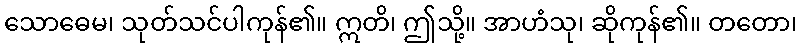
သောဓေမ၊ သုတ်သင်ပါကုန်၏။ ဣတိ၊ ဤသို့။ အာဟံသု၊ ဆိုကုန်၏။ တတော၊